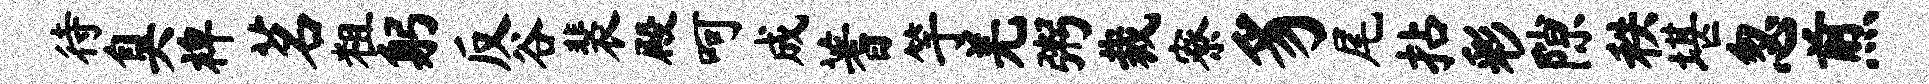
待臭裨茗粗躬反谷裴殿呵成蓍竽羌粥裁寮豸尾拈彩隙秩堪忽煎